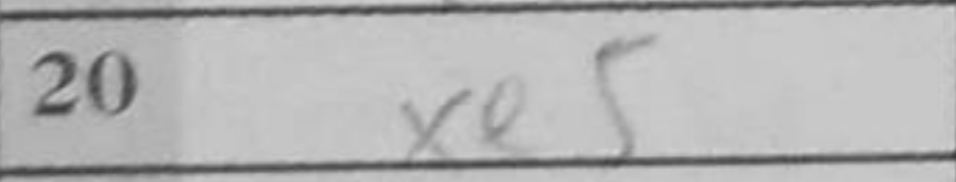
Transcription: xe5